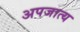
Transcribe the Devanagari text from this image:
अपजात्य